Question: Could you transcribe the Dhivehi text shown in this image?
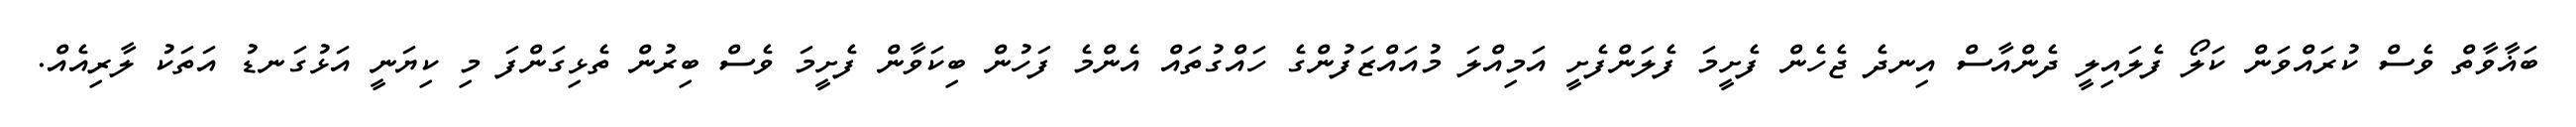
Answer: ބަޣާވާތް ވެސް ކުރައްވަން ކަލޯ ފެލައިލީ ދެންއާސް އިނދެ ޖެހެން ފެށީމަ ފެލަންފެށީ އަމިއްލަ މުއައްޒަފުންގެ ހައްގުތައް އެންމެ ފަހުން ބިކަވާން ފެށީމަ ވެސް ބިރުން ތެޅިގަންފަ މި ކިޔަނީ އަޅުގަނޑު އަތަކު ލާރިއެއް.